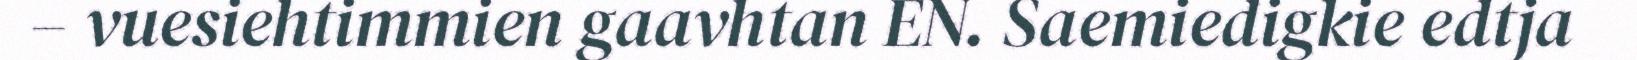
– vuesiehtimmien gaavhtan EN. Saemiedigkie edtja